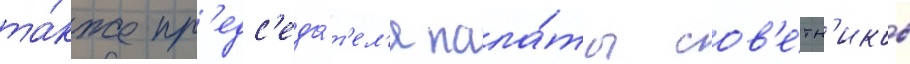
та́кже пр'едс'еда́т'ел'я пала́ты сов'е́тн'иков